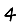
Digit: 4